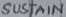
Text: SUSTAIN